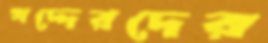
খদ্দেরদের